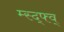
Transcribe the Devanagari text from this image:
म्स्द्फ्व्